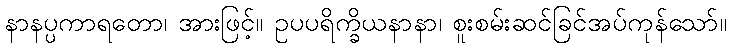
နာနပ္ပကာရတော၊ အားဖြင့်။ ဥပပရိက္ခိယနာနာ၊ စူးစမ်းဆင်ခြင်အပ်ကုန်သော်။